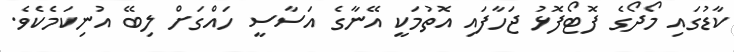
ކާޑުގައި މޯދޯގެ ފޮޓޯފޮޅު ޖަހާފައި އޮތުމަކީ އޭނާގެ އަސާސީ ހައްގަށް ލިބޭ އުނިކަމެކެވެ.